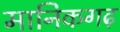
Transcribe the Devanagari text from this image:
मानिकगढ़